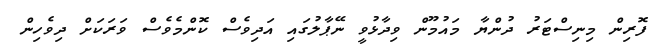
ފޮރިން މިނިސްޓަރު ދުންޔާ މައުމޫން ވިދާޅުވީ ނޭޕާލުގައި އަދިވެސް ކޮންމެވެސް ވަރަަކަށް ދިވެހިން